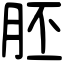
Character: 胚